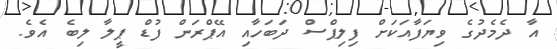
އާ ދެމެދުގެ ވިޔަފާއަކަށް ފިލިޕްސް ދަބަހާއި އޭޕްރަން ފުޑް ޕީލާ ލިބެ އެވެ.